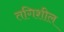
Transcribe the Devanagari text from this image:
तगिशील